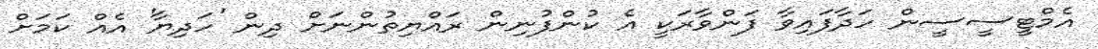
އެމްޓީސީސީން ހަދާފައިވާ ފަންވާރަކީ އެ ކުންފުނިން ރައްޔިތުންނަށް ދިން 'ހަދިޔާ' އެއް ކަމަށް